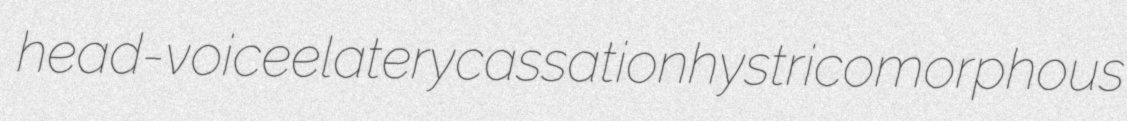
head-voice elatery cassation hystricomorphous